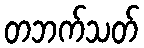
တဘက်သတ်